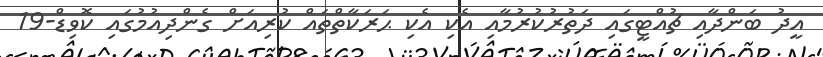
އީދު ބަންދާއި ޗުއްޓީގައި ދަތުރުކުރުމާއި އެކި އެކި ޙަރަކާތްތައް ކުރިއަށް ގެންދިއުމުގައި ކޮވިޑް-19